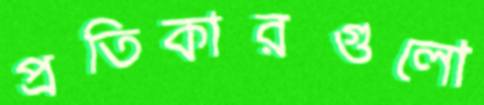
প্রতিকারগুলো